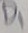
Text: D1